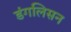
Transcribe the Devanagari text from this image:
डंगलिसन